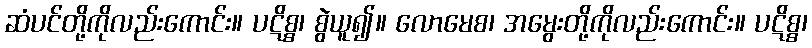
ဆံပင်တို့ကိုလည်းကောင်း။ ပဋိစ္စ၊ စွဲယူ၍။ လောမေစ၊ အမွေးတို့ကိုလည်းကောင်း။ ပဋိစ္စ၊